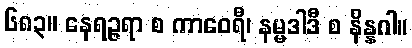
၆၈၃။ နေရဉ္ဇရာ စ ကာဝေရီ၊ နမ္မဒါဒီ စ နိန္နဂါ။